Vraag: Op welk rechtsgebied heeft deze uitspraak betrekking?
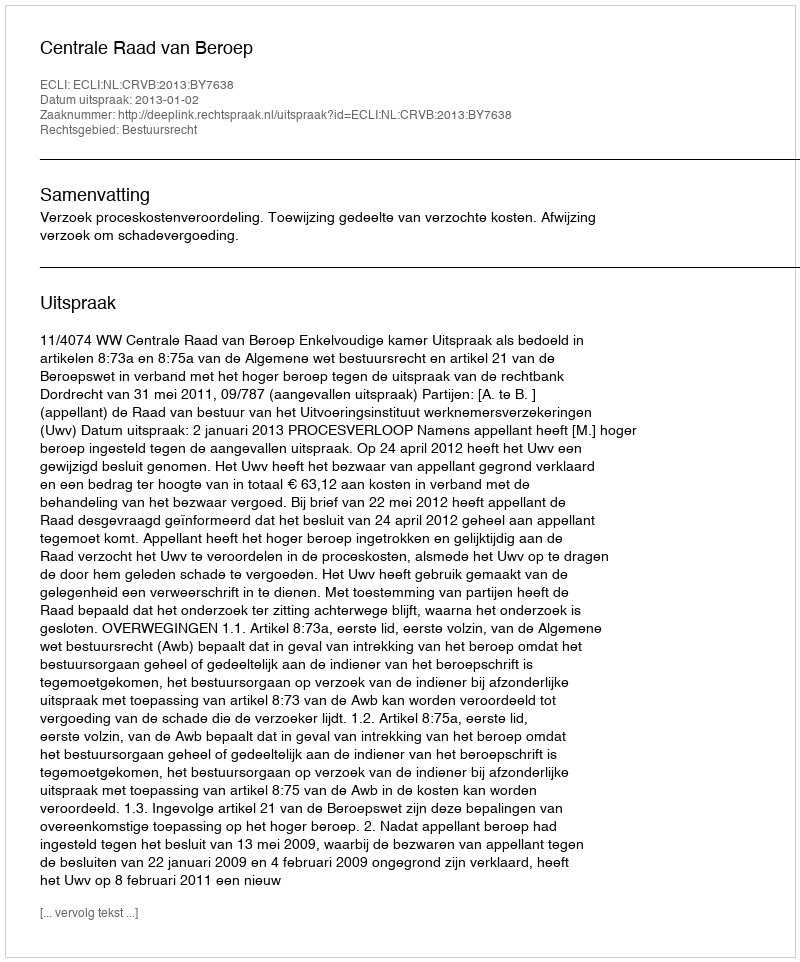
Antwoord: Bestuursrecht